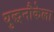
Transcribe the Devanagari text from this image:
युद्धनौकेला